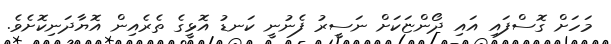
މަހަށް ގޮސްފައި އައި ދޯންޏަކަށް ނަސީރު ފެނުނީ ކަނޑު އޮޅީގެ ތެރެއިން އޮޔާދަނިކޮށެވެ.